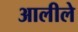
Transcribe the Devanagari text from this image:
आलीले